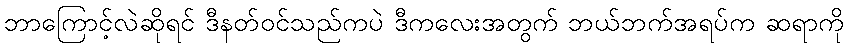
ဘာကြောင့်လဲဆိုရင် ဒီနတ်ဝင်သည်ကပဲ ဒီကလေးအတွက် ဘယ်ဘက်အရပ်က ဆရာကို